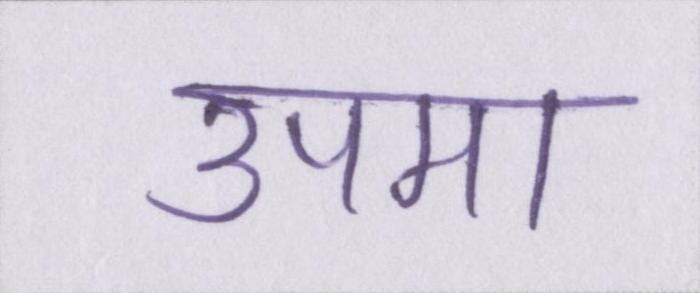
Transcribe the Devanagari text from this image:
उपमा